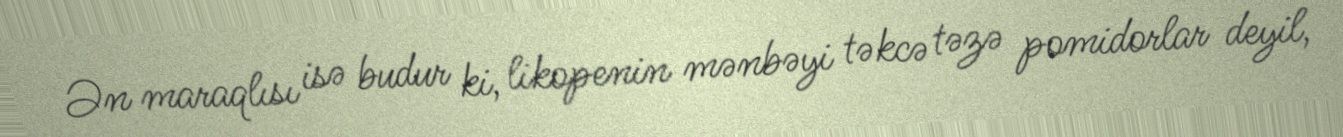
Ən maraqlısı isə budur ki, likopenin mənbəyi təkcə təzə pomidorlar deyil,